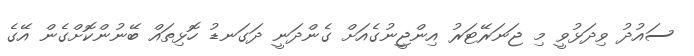
ސައުދު ވިދަޅުވީ މި ޖަނަރޭޓަރު އިންޖީނުގެއަށް ގެންދަނީ ދަގަނޑު ހޮޅިތައް ބޭނުންކޮށްގެން އޭގެ